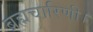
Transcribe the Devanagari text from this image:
ब्रह्मचारिणी।